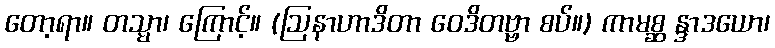
တော့ရာ။ တသ္မာ၊ ကြောင့်။ (ဩနာဟာဒိတာ ဝေဒိတဗ္ဗာ စပ်။) ကာမစ္ဆ န္ဒာဒယော၊